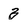
Character: 3